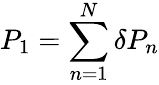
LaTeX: P_{1}=\sum_{n=1}^{N}\delta P_{n}